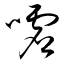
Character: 嘘